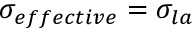
\sigma _ { e f f e c t i v e } = \sigma _ { l a }